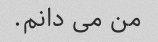
من می دانم.